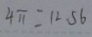
4 \pi = 1 2 . 5 6